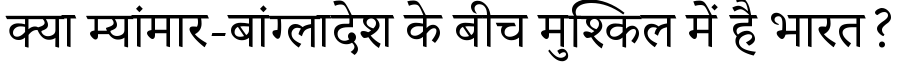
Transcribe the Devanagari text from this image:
क्या म्यांमार-बांग्लादेश के बीच मुश्किल में है भारत?